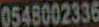
0548002336